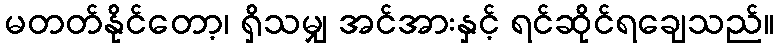
မတတ်နိုင်တော့၊ ရှိသမျှ အင်အားနှင့် ရင်ဆိုင်ရချေသည်။